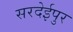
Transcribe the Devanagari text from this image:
सरदेईपुर